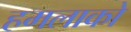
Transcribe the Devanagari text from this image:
हमलाको